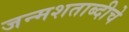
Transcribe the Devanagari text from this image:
जन्मशताब्दीचे